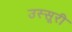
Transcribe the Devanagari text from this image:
उस्सूरी